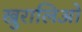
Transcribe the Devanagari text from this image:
खुरालिओ